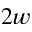
2 w